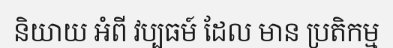
និយាយ អំពី វប្បធម៍ ដែល មាន ប្រតិកម្ម